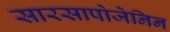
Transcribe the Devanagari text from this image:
सारसापोजेनिन